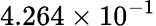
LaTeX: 4.264\times 10^{-1}